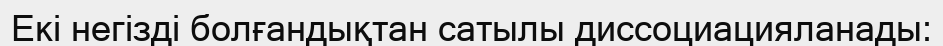
Екі негізді болғандықтан сатылы диссоциацияланады: